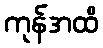
ကုန်အထိ